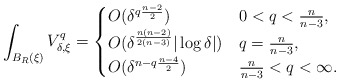
\begin{align*}\int_{B_R(\xi)} V_{\delta,\xi}^q=\begin{cases}O(\delta^{q\frac{n-2}{2}}) & 0<q<\frac{n}{n-3},\\O(\delta^\frac{n(n-2)}{2(n-3)}|\log \delta|) & q=\frac{n}{n-3},\\O(\delta^{n-q\frac{n-4}{2}}) & \frac{n}{n-3}<q<\infty.\end{cases}\end{align*}